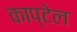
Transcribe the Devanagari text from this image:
काप्टेल